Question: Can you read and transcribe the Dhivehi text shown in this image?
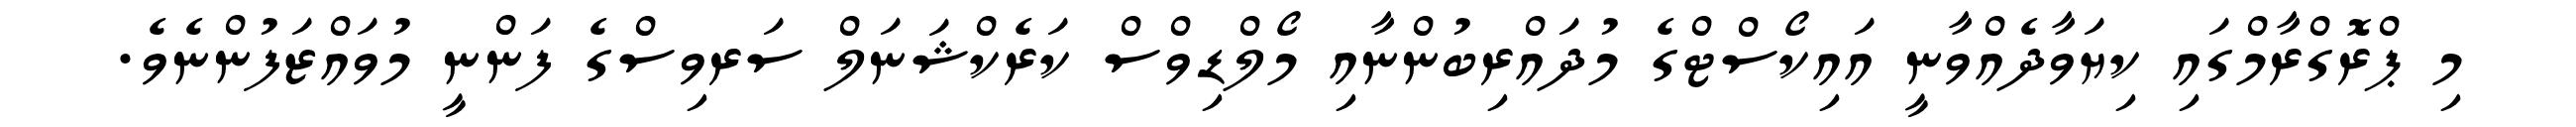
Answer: މި ޕްރޮގްރާމްގައި ކިޔަވާދެއްވާނީ އައިކޯސްޓްގެ މުދައްރިބުންނާއި މޯލްޑިވްސް ކަރެކްޝަނަލް ސަރވިސްގެ ފަންނީ މުވައްޒަފުންނެވެ.